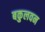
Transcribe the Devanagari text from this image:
बकुलवन